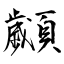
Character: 顪